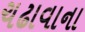
ચઢાવાના